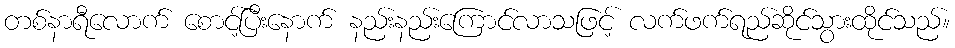
တစ်နာရီလောက် စောင့်ပြီးနောက် နည်းနည်းကြောင်လာသဖြင့် လက်ဖက်ရည်ဆိုင်သွားထိုင်သည်။